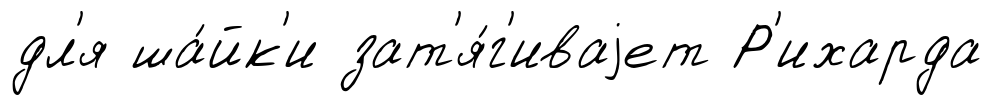
дл'я ша́йк'и зат'я́г'иваjет Р'ихарда